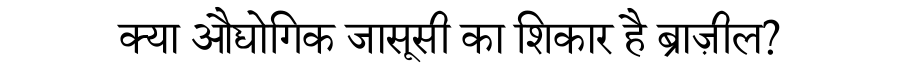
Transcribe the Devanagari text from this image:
क्या औद्योगिक जासूसी का शिकार है ब्राज़ील?